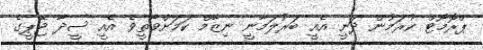
ޕްރޮމޯޓް ކުރަމުން ދަނީ އެއީ ބަރުލަމާނީ ނިޒާމް ކަމަށްވާތީވެ އެއީ ސީދާ ޖޭޕީގެ